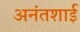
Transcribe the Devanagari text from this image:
अनंतशाई